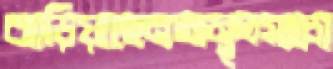
ঝাড়িয়াছেনঅমৃতস্যচো